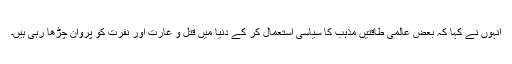
انہوں نے کہا کہ بعض عالمی طاقتیں مذہب کا سیاسی استعمال کر کے دنیا میں قتل و غارت اور نفرت کو پروان چڑھا رہی ہیں۔